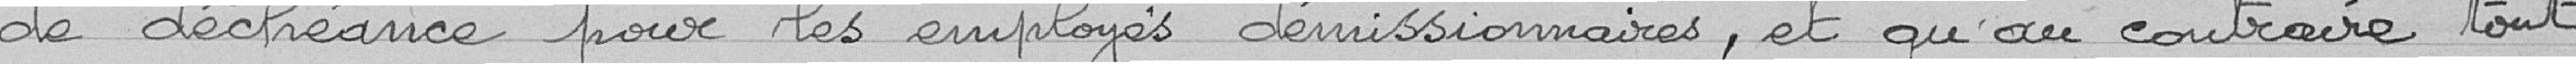
de déchéance pour les employés démissionnaires, et qu'au contraire, tout